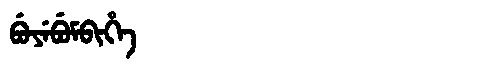
Manchu: ᠪᡠᠶᡝᠪᡠᠮᠪᡳᡥᡝ
Romanization: BUYEBUMBIHE